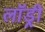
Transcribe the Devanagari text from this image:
लाॅड्री